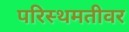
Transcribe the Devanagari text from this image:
परिस्थमतीवर